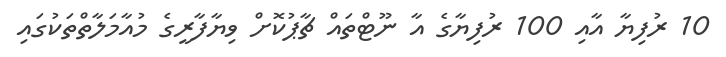
10 ރުފިޔާ އާއި 100 ރުފިޔާގެ އާ ނޫޓްތައް ޗާޕުކޮށް ވިޔާފާރީގެ މުއާމަލާތްތަކުގައި